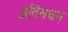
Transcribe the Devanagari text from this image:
अतिसधन